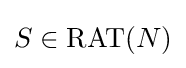
S\in \mathrm {RAT} (N)